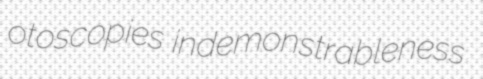
otoscopies indemonstrableness